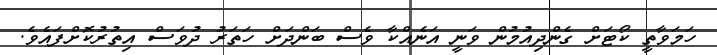
ހަމަވާތީ ކޯޓަށް ގެންދިއުމުން ވަނީ އަނެއްކާ ވެސް ބަންދަށް ހަތަރު ދުވަސް އިތުރުކޮށްފައެވެ.